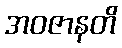
အဝဇာနတိ